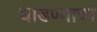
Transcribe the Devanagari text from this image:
धाडण्याचा